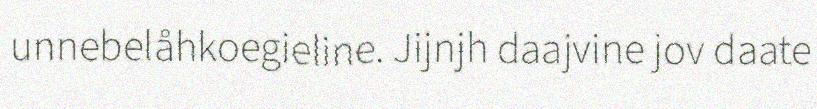
unnebelåhkoegieline. Jijnjh daajvine jov daate